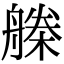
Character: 𣚗